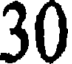
30